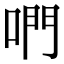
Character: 𠵘